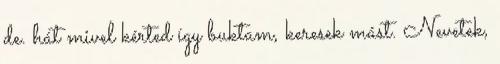
de. hát mivel kérted így buktam, keresek mást. Nevetek,